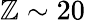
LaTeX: \mathbb{Z}\sim20